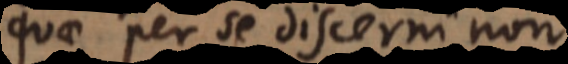
quae per se discerni non